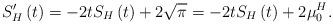
LaTeX: \begin{align*}S_{H}^{\prime}\left( t\right) =-2tS_{H}\left( t\right) +2\sqrt{\pi}=-2tS_{H}\left( t\right) +2\mu_{0}^{H}. \end{align*}